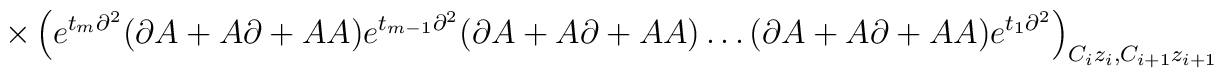
\times\left(e^{t_m\partial^2}(\partial A+A\partial+AA)e^{t_{m-1}	\partial^2}(\partial A+A\partial+AA)\ldots(\partial A+A\partial+AA)	e^{t_1\partial^2}\right)_{C_iz_i,C_{i+1}z_{i+1}}